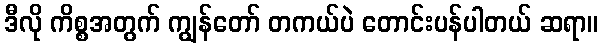
ဒီလို ကိစ္စအတွက် ကျွန်တော် တကယ်ပဲ တောင်းပန်ပါတယ် ဆရာ။